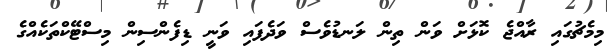
މިމެޗުގައި ރާއްޖެ ކޮޅަށް ވަން ތިން ލަނޑުވެސް ވަދެފައި ވަނީ ޑިފެންސިން މިސްޓޭކްތަކެއްގެ